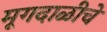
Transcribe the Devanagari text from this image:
मूगदाळीचे